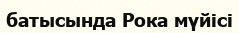
батысында Рока мүйісі